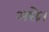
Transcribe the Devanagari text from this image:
अछे।